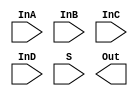
/*
    CS/ECE 552 Spring '19
    Homework #3, Problem 1

    2-1 mux template
*/
module mux2_1(InA, InB, InC, InD, S, Out);
    input   InA, InB, InC, InD;
    input   S;
    output  Out;

    // YOUR CODE HERE

endmodule